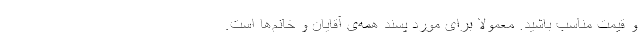
و قیمت مناسب باشید. معمولا برای مورد پسند همه‌ی آقایان و خانم‌ها است.